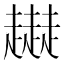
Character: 𧾜